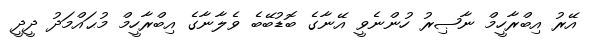
އޭރު އިބްރާހީމް ނާޞިރު ހުންނެވީ އޭނާގެ ބޮޑުބޭބެ ވެލާނާގެ އިބްރާހީމް މުޙައްމަދު ދީދީ